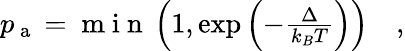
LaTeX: \begin{array}{r}{p_{\mathrm{~a~}}=\mathrm{~m~i~n~}\left(1,\exp\left(-\frac{\Delta}{k_{B}T}\right)\right)\quad,}\end{array}